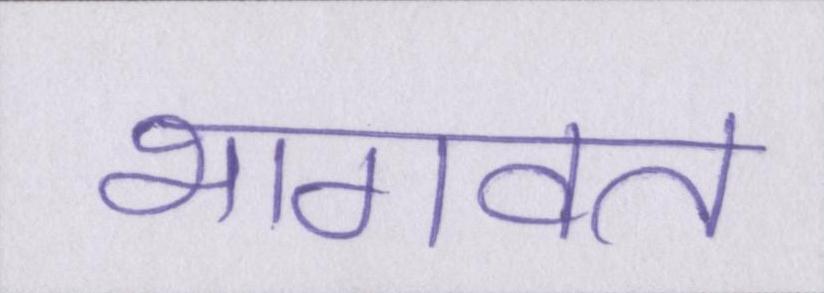
भागवत